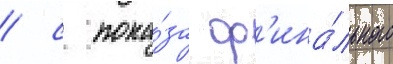
/ с пока́за ф'ина́льного